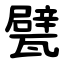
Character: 甓